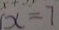
x = 7